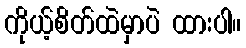
ကိုယ့်စိတ်ထဲမှာပဲ ထားပါ။